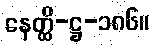
နေတ္ထိ-ဋ္ဌ-၁၈၆။